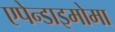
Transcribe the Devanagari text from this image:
एपेन्डाइमोमा